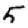
Digit: 5